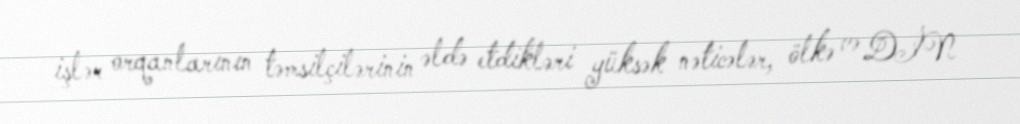
işlər orqanlarının təmsilçilərinin əldə etdikləri yüksək nəticələr, ölkə və DİN